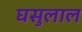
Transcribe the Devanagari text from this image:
घसुलाल